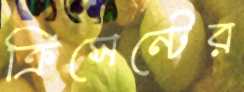
ক্রিসেন্টের